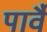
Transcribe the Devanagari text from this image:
पार्वै